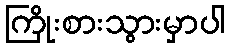
ကြိုးစားသွားမှာပါ